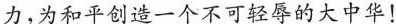
力，为和平创造一个不可轻辱的大中华！